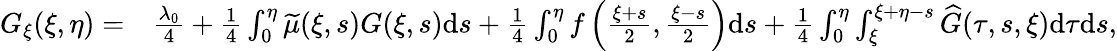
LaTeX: \begin{array}{rl}{G_{\xi}(\xi,\eta)=}&{{\frac{\lambda_{0}}{4}}+{{\frac{{1}}{4}}\int_{0}^{\eta}\widetilde{\mu}(\xi,s)G(\xi,s)\mathrm{d}s}+\frac{1}{4}\int_{0}^{\eta}f\left(\frac{\xi+s}{2},\frac{\xi-s}{2}\right)\mathrm{d}s+\frac{1}{4}\int_{0}^{\eta}\int_{\xi}^{\xi+\eta-s}\widehat{G}(\tau,s,\xi)\mathrm{d}\tau\mathrm{d}s,}\end{array}